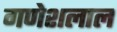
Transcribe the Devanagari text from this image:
गणेशलाल